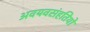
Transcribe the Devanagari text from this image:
अवयवसंहतियों